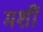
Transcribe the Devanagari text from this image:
मशीं